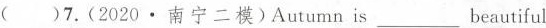
()7.(2020.南宁二模)Autumn is___ beautiful